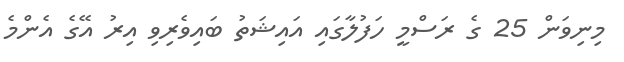
މިނިވަން 25 ގެ ރަސްމީ ހަފުލާގައި އައިޝަތު ބައިވެރިވި އިރު އޭގެ އެންމެ